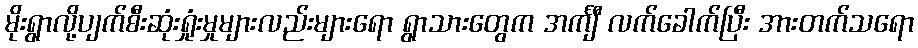
မိုးရွာလို့ပျက်စီးဆုံးရှုံးမှုများလည်းများရော ရွာသားတွေက အင်္ကျီ လက်ခေါက်ပြီး အားတက်သရော